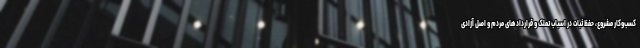
کسب‌وکار مشروع، حفظ ثبات در اسباب تملک و قراردادهای مردم و اصل آزادی